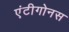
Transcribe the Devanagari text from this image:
एंटीगोनस